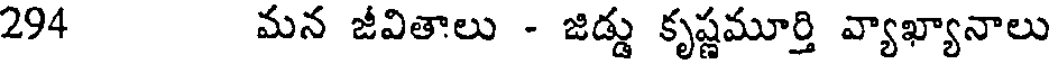
294 మన జీవితాలు - జిడ్డు కృష్ణమూర్తి వ్యాఖ్యానాలు